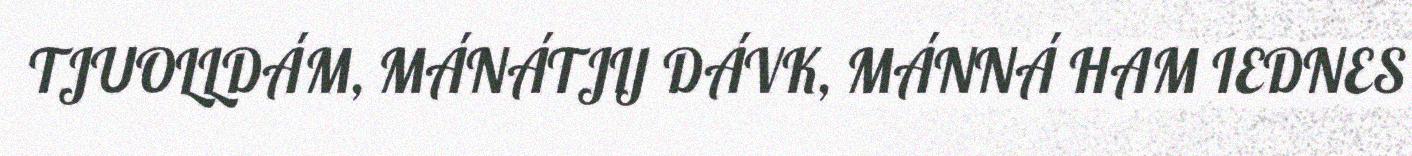
TJUOLLDÁM, MÁNÁTJIJ DÁVK, MÁNNÁ HAM IEDNES